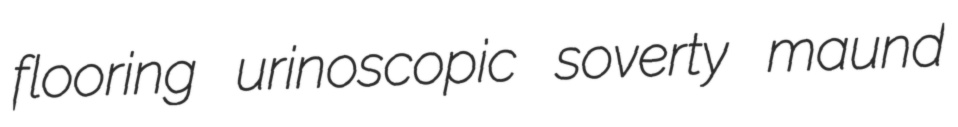
flooring urinoscopic soverty maund